Civil Veterinary Dept. North-West Frontier Province 1933-46 - 1933-1946
Year: 1933
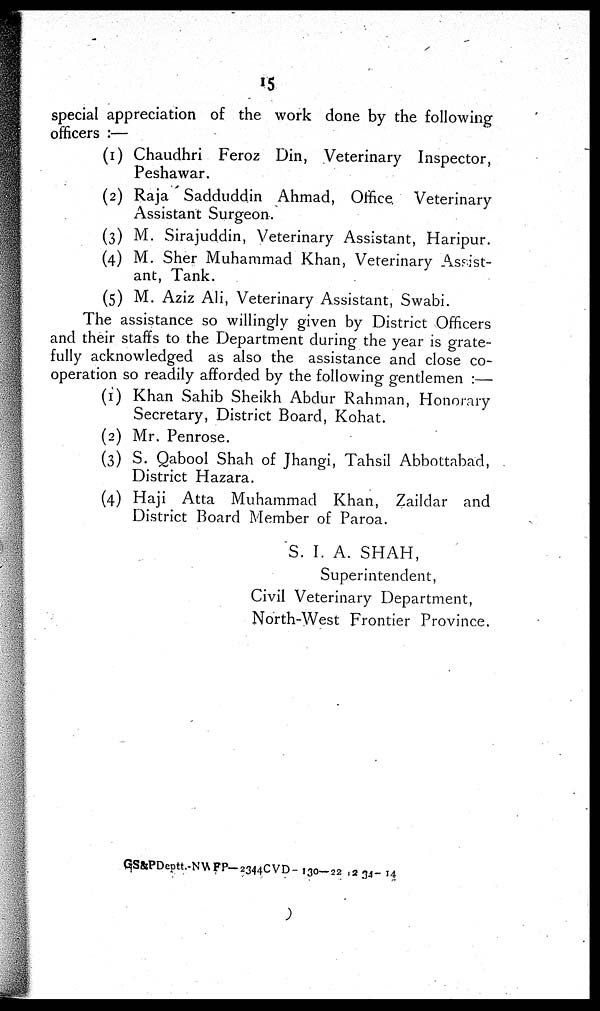
15
special appreciation of the work done by the following
officers :—
(1) Chaudhri Feroz Din, Veterinary Inspector,
Peshawar.
(2) Raja Sadduddin Ahmad, Office
Veterinary
Assistant Surgeon.
(3) M. Sirajuddin, Veterinary Assistant, Haripur.
(4) M. Sher Muhammad Khan, Veterinary Assist-
ant, Tank.
(5) M. Aziz Ali, Veterinary Assistant, Swabi.
The assistance so willingly given by District Officers
and their staffs to the Department during the year is grate-
fully acknowledged as also the assistance and close co-
operation so readily afforded by the following gentlemen :—
(1) Khan Sahib Sheikh Abdur Rahman, Honorary
Secretary, District Board, Kohat.
(2) Mr. Penrose.
(3) S. Qabool Shah of Jhangi, Tahsil Abbottabad,
District Hazara.
(4) Haji Atta Muhammad Khan, Zaildar and
District Board Member of Paroa.
S. I. A. SHAH,
Superintendent,
Civil Veterinary Department,
North-West Frontier Province.
GS&PDeott.-NWFP-2344 CVD- 130-22 , 234-14